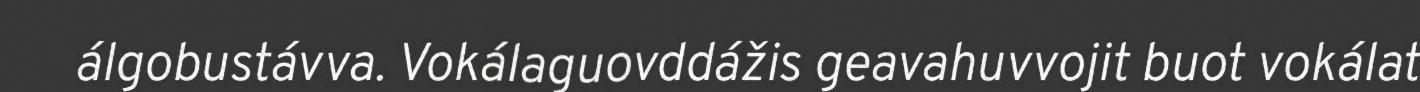
álgobustávva. Vokálaguovddážis geavahuvvojit buot vokálat